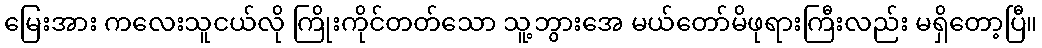
မြေးအား ကလေးသူငယ်လို ကြိုးကိုင်တတ်သော သူ့ဘွားအေ မယ်တော်မိဖုရားကြီးလည်း မရှိတော့ပြီ။